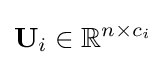
\mathbf {U} _{i}\in \mathbb {R} ^{n\times c_{i}}